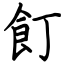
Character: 飣